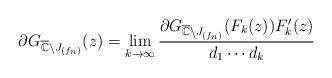
LaTeX: \begin{align*}\partial G_{\overline{\mathbb{C}}\setminus J_{(f_n)}}(z)= \lim_{k\rightarrow\infty} \frac{\partial G_{\overline{\mathbb{C}}\setminus J_{(f_n)}}(F_k(z)) F_k^\prime (z)}{d_1\cdots d_k}\end{align*}